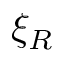
\xi _ { R }